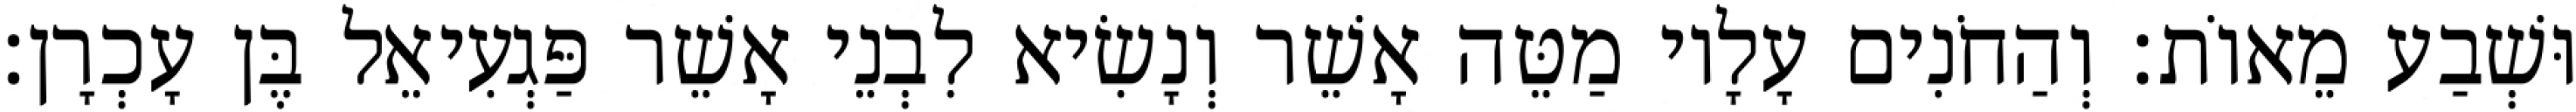
וּשְׁבַע מֵאוֹת׃ וְהַחֹנִים עָלָיו מַטֵּה אָשֵׁר וְנָשִׂיא לִבְנֵי אָשֵׁר פַּגְעִיאֵל בֶּן עָכְרָן׃